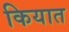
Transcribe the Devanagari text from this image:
कियात